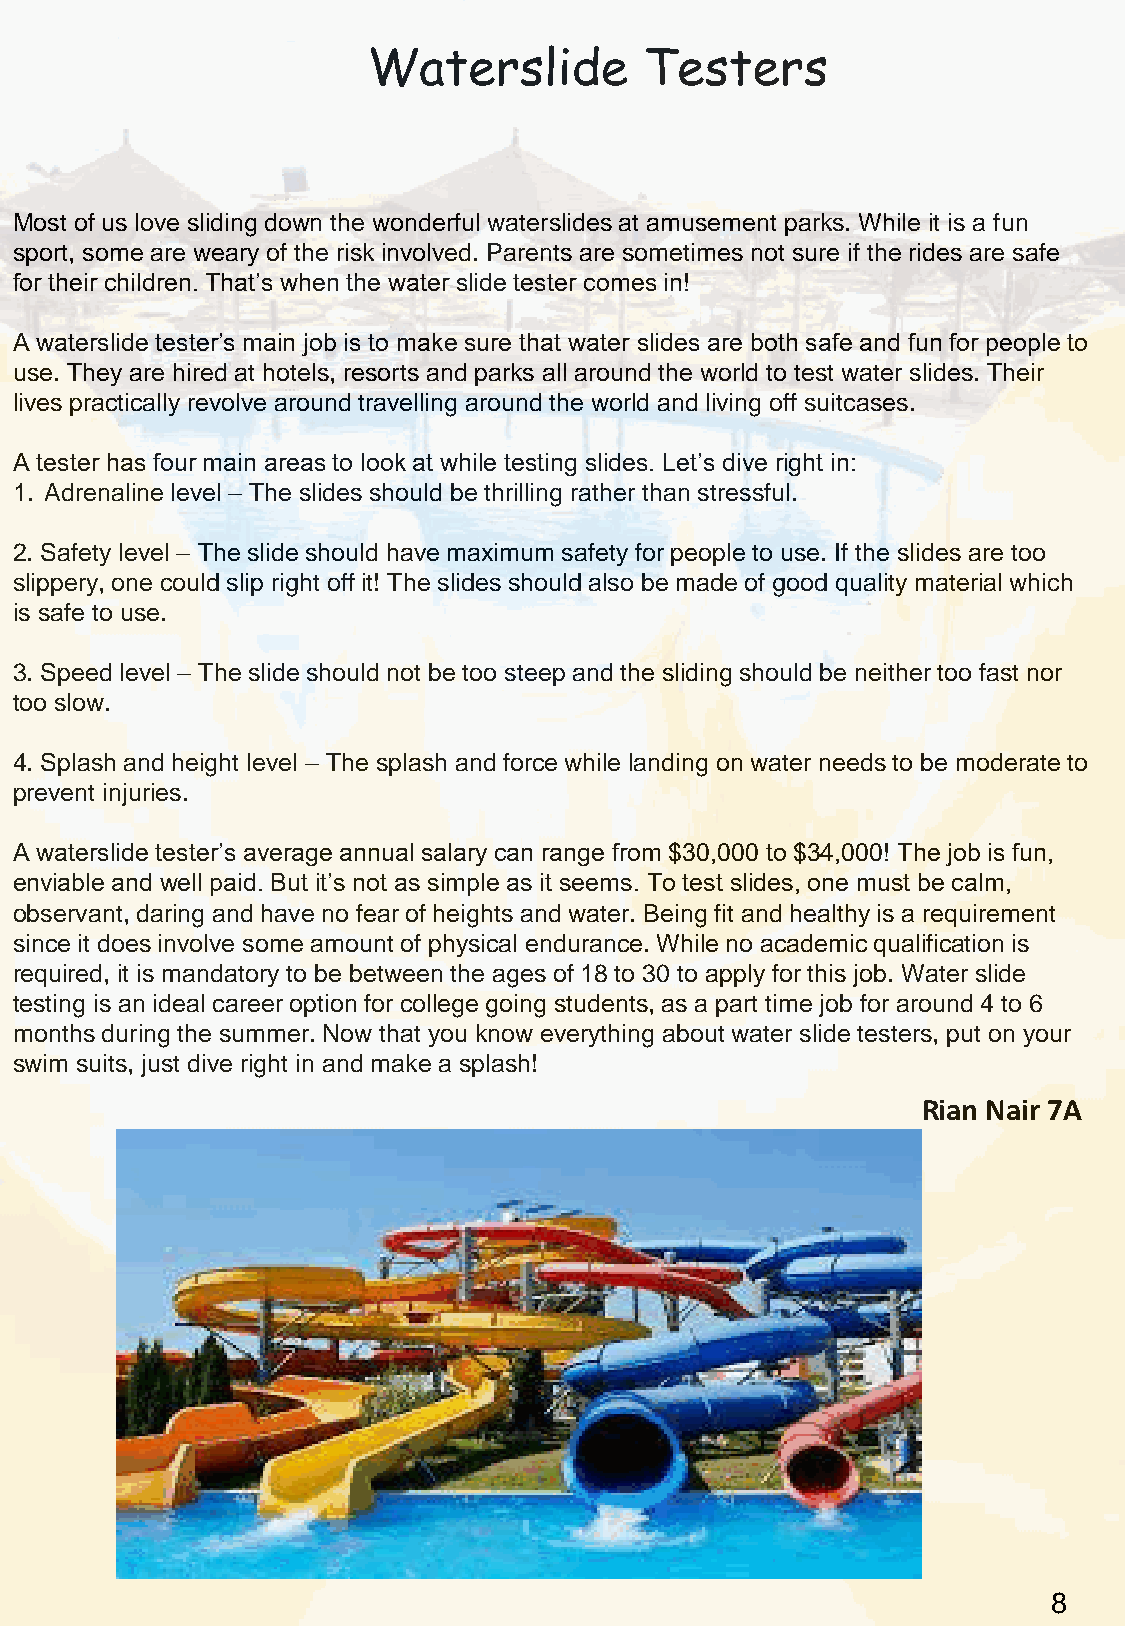
Waterslide         Testers
 Most of us love sliding down the wonderful waterslides at amusement parks. While it is a fun
 sport, some are weary of the risk involved. Parents are sometimes not sure if the rides are safe
 for their children. That’s when the water slide tester comes in!
 A waterslide tester’s main job is to make sure that water slides are both safe and fun for people to
 use. They are hired at hotels, resorts and parks all around the world to test water slides. Their
 lives practically revolve around travelling around the world and living off suitcases.
 A tester has four main areas to look at while testing slides. Let’s dive right in:
 1. Adrenaline level – The slides should be thrilling rather than stressful.
 2. Safety level – The slide should have maximum safety for people to use. If the slides are too
 slippery, one could slip right off it! The slides should also be made of good quality material which
 is safe to use.
 3. Speed level – The slide should not be too steep and the sliding should be neither too fast nor
 too slow.
 4. Splash and height level – The splash and force while landing on water needs to be moderate to
 prevent injuries.
 A waterslide tester’s average annual salary can range from $30,000 to $34,000! The job is fun,
 enviable and well paid. But it’s not as simple as it seems. To test slides, one must be calm,
 observant, daring and have no fear of heights and water. Being fit and healthy is a requirement
 since it does involve some amount of physical endurance. While no academic qualification is
 required, it is mandatory to be between the ages of 18 to 30 to apply for this job. Water slide
 testing is an ideal career option for college going students, as a part time job for around 4 to 6
 months during the summer. Now that you know everything about water slide testers, put on your
 swim suits, just dive right in and make a splash!
 Rian Nair 7A
 8